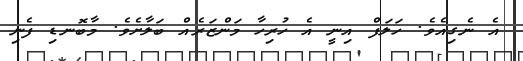
އެ ނެގިއެވެ. ހަލަފް އިނީ އެ ހުރިހާ މަންޒަރެއް ބަލާށެވެ. މާބޮނޑި ފެނި